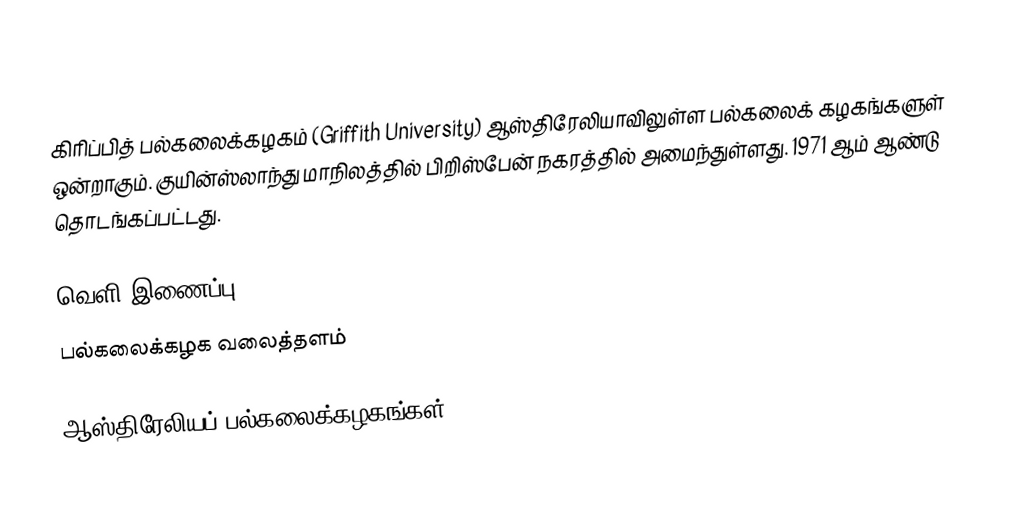
கிரிப்பித் பல்கலைக்கழகம் (Griffith University) ஆஸ்திரேலியாவிலுள்ள பல்கலைக் கழகங்களுள் ஒன்றாகும். குயின்ஸ்லாந்து மாநிலத்தில் பிறிஸ்பேன் நகரத்தில் அமைந்துள்ளது. 1971 ஆம் ஆண்டு தொடங்கப்பட்டது.

வெளி இணைப்பு
 பல்கலைக்கழக வலைத்தளம்

ஆஸ்திரேலியப் பல்கலைக்கழகங்கள்